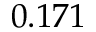
0 . 1 7 1